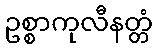
ဥစ္စာကုလီနတ္တံ